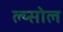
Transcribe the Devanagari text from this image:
ल्य्सोल